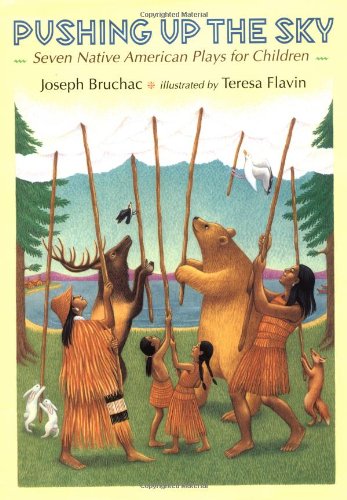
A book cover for Pushing up the Sky: Seven Native American Plays for Children; Joseph Bruchac; Children's Books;